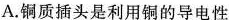
A.铜质插头是利用铜的导电性